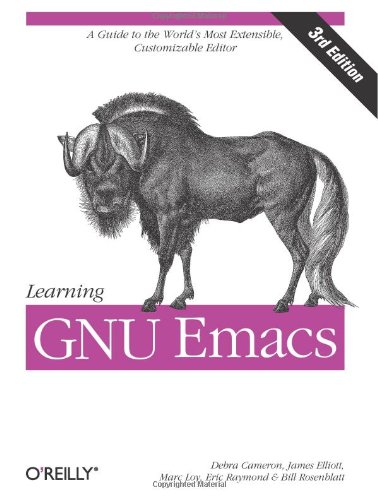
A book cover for Learning GNU Emacs, Third Edition; Debra Cameron; Computers & Technology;